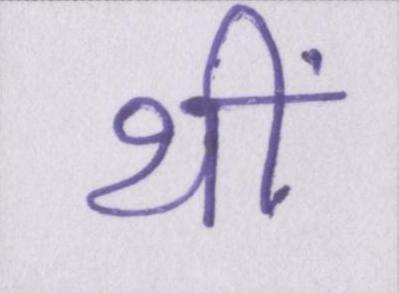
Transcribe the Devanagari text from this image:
थीं